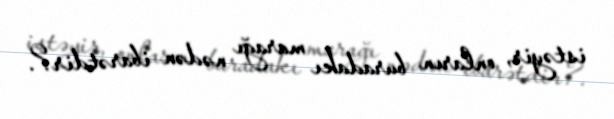
istəyir, onların buradakı marağı nədən ibarətdir?.